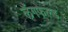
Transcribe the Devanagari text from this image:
लैंगफेल्ड